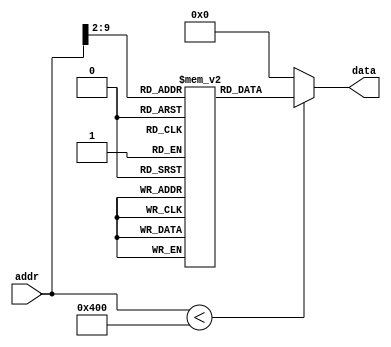
module ROM_without_peripheral (addr,data);
input [30:0] addr;
output [31:0] data;

localparam ROM_SIZE = 256;
(* rom_style = "distributed" *) reg [31:0] ROMDATA[ROM_SIZE-1:0];

assign data=(addr < 4 * ROM_SIZE) ? ROMDATA[addr[30:2]] : 32'b0;

integer i;
initial begin
    //0x0  	addi	$a0,	$0,	84
    ROMDATA[0] <= 32'h20040054;
    //0x4  	addi	$a1,	$0,	12
    ROMDATA[1] <= 32'h2005000c;
    //0x8  	add	$a2,	$0,	$a0
    ROMDATA[2] <= 32'h00043020;
    //0xc  	add	$a3,	$0,	$a1
    ROMDATA[3] <= 32'h00053820;
    //0x10  	j	judge
    ROMDATA[4] <= 32'h0800000c;
    //0x14  div:	sub	$t1,	$a0,	$a1
    ROMDATA[5] <= 32'h00854822;
    //0x18  	blez	$t1,	swap
    ROMDATA[6] <= 32'h19200002;
    //0x1c  	add	$a0,	$t1,	$0
    ROMDATA[7] <= 32'h01202020;
    //0x20  	j	judge
    ROMDATA[8] <= 32'h0800000c;
    //0x24  swap:	add	$t1,	$a1,	$0
    ROMDATA[9] <= 32'h00a04820;
    //0x28  	add	$a1,	$a0,	$0
    ROMDATA[10] <= 32'h00802820;
    //0x2c  	add	$a0,	$t1,	$0
    ROMDATA[11] <= 32'h01202020;
    //0x30  judge:	bne	$a0,	$a1,	div
    ROMDATA[12] <= 32'h1485fff8;
    //0x34  	add	$v0,	$a0,	$0
    ROMDATA[13] <= 32'h00801020;

	for (i = 14; i < ROM_SIZE; i = i + 1) begin
        ROMDATA[i] <= 32'b0;
    end
end
endmodule